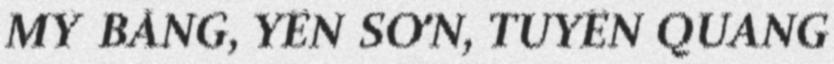
MỸ BẰNG, YÊN SƠN, TUYÊN QUANG